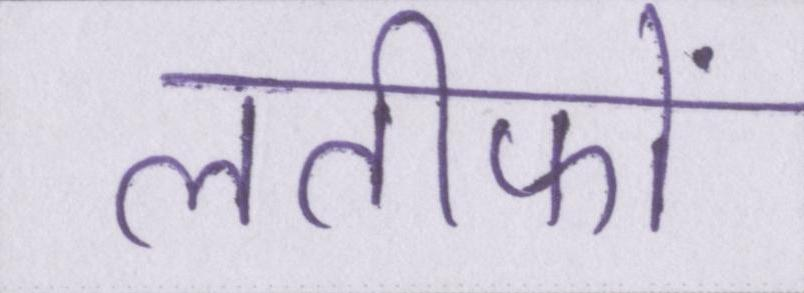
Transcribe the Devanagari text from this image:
लतीफों